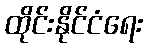
ထိုင်းနိုင်ငံရေး